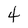
Character: 4